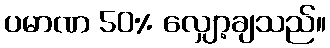
ပမာဏ 50% လျှော့ချသည်။